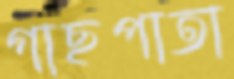
গাছপাতা